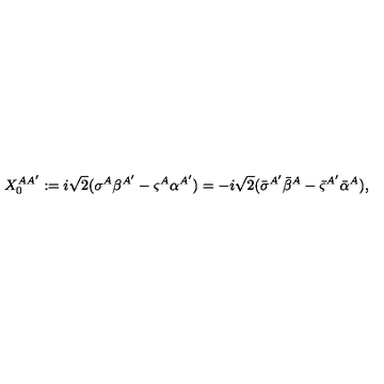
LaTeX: X _ { 0 } ^ { A { A ^ { \prime } } } : = i { \sqrt 2 } ( \sigma ^ { A } \beta ^ { A ^ { \prime } } - \varsigma ^ { A } \alpha ^ { A ^ { \prime } } ) = - i { \sqrt 2 } ( { \bar { \sigma } } ^ { A ^ { \prime } } { \bar { \beta } } ^ { A } - { \bar { \varsigma } } ^ { A ^ { \prime } } { \bar { \alpha } } ^ { A } ) ,